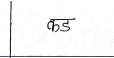
मजकूर: कड